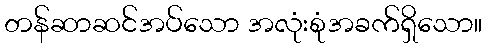
တန်ဆာဆင်အပ်သော အလုံးစုံအခက်ရှိသော။